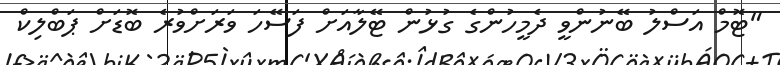
"ޓޮމް އަސްލު ބޭނުންވީ ދެމީހުންގެ ގުޅުން ޓޭލާއަށް ފަސޭހަ ވަރަށްވުރެ ބޮޑަށް ޕަބްލިކް